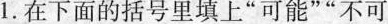
1.在下面的括号里填上”可能””不可